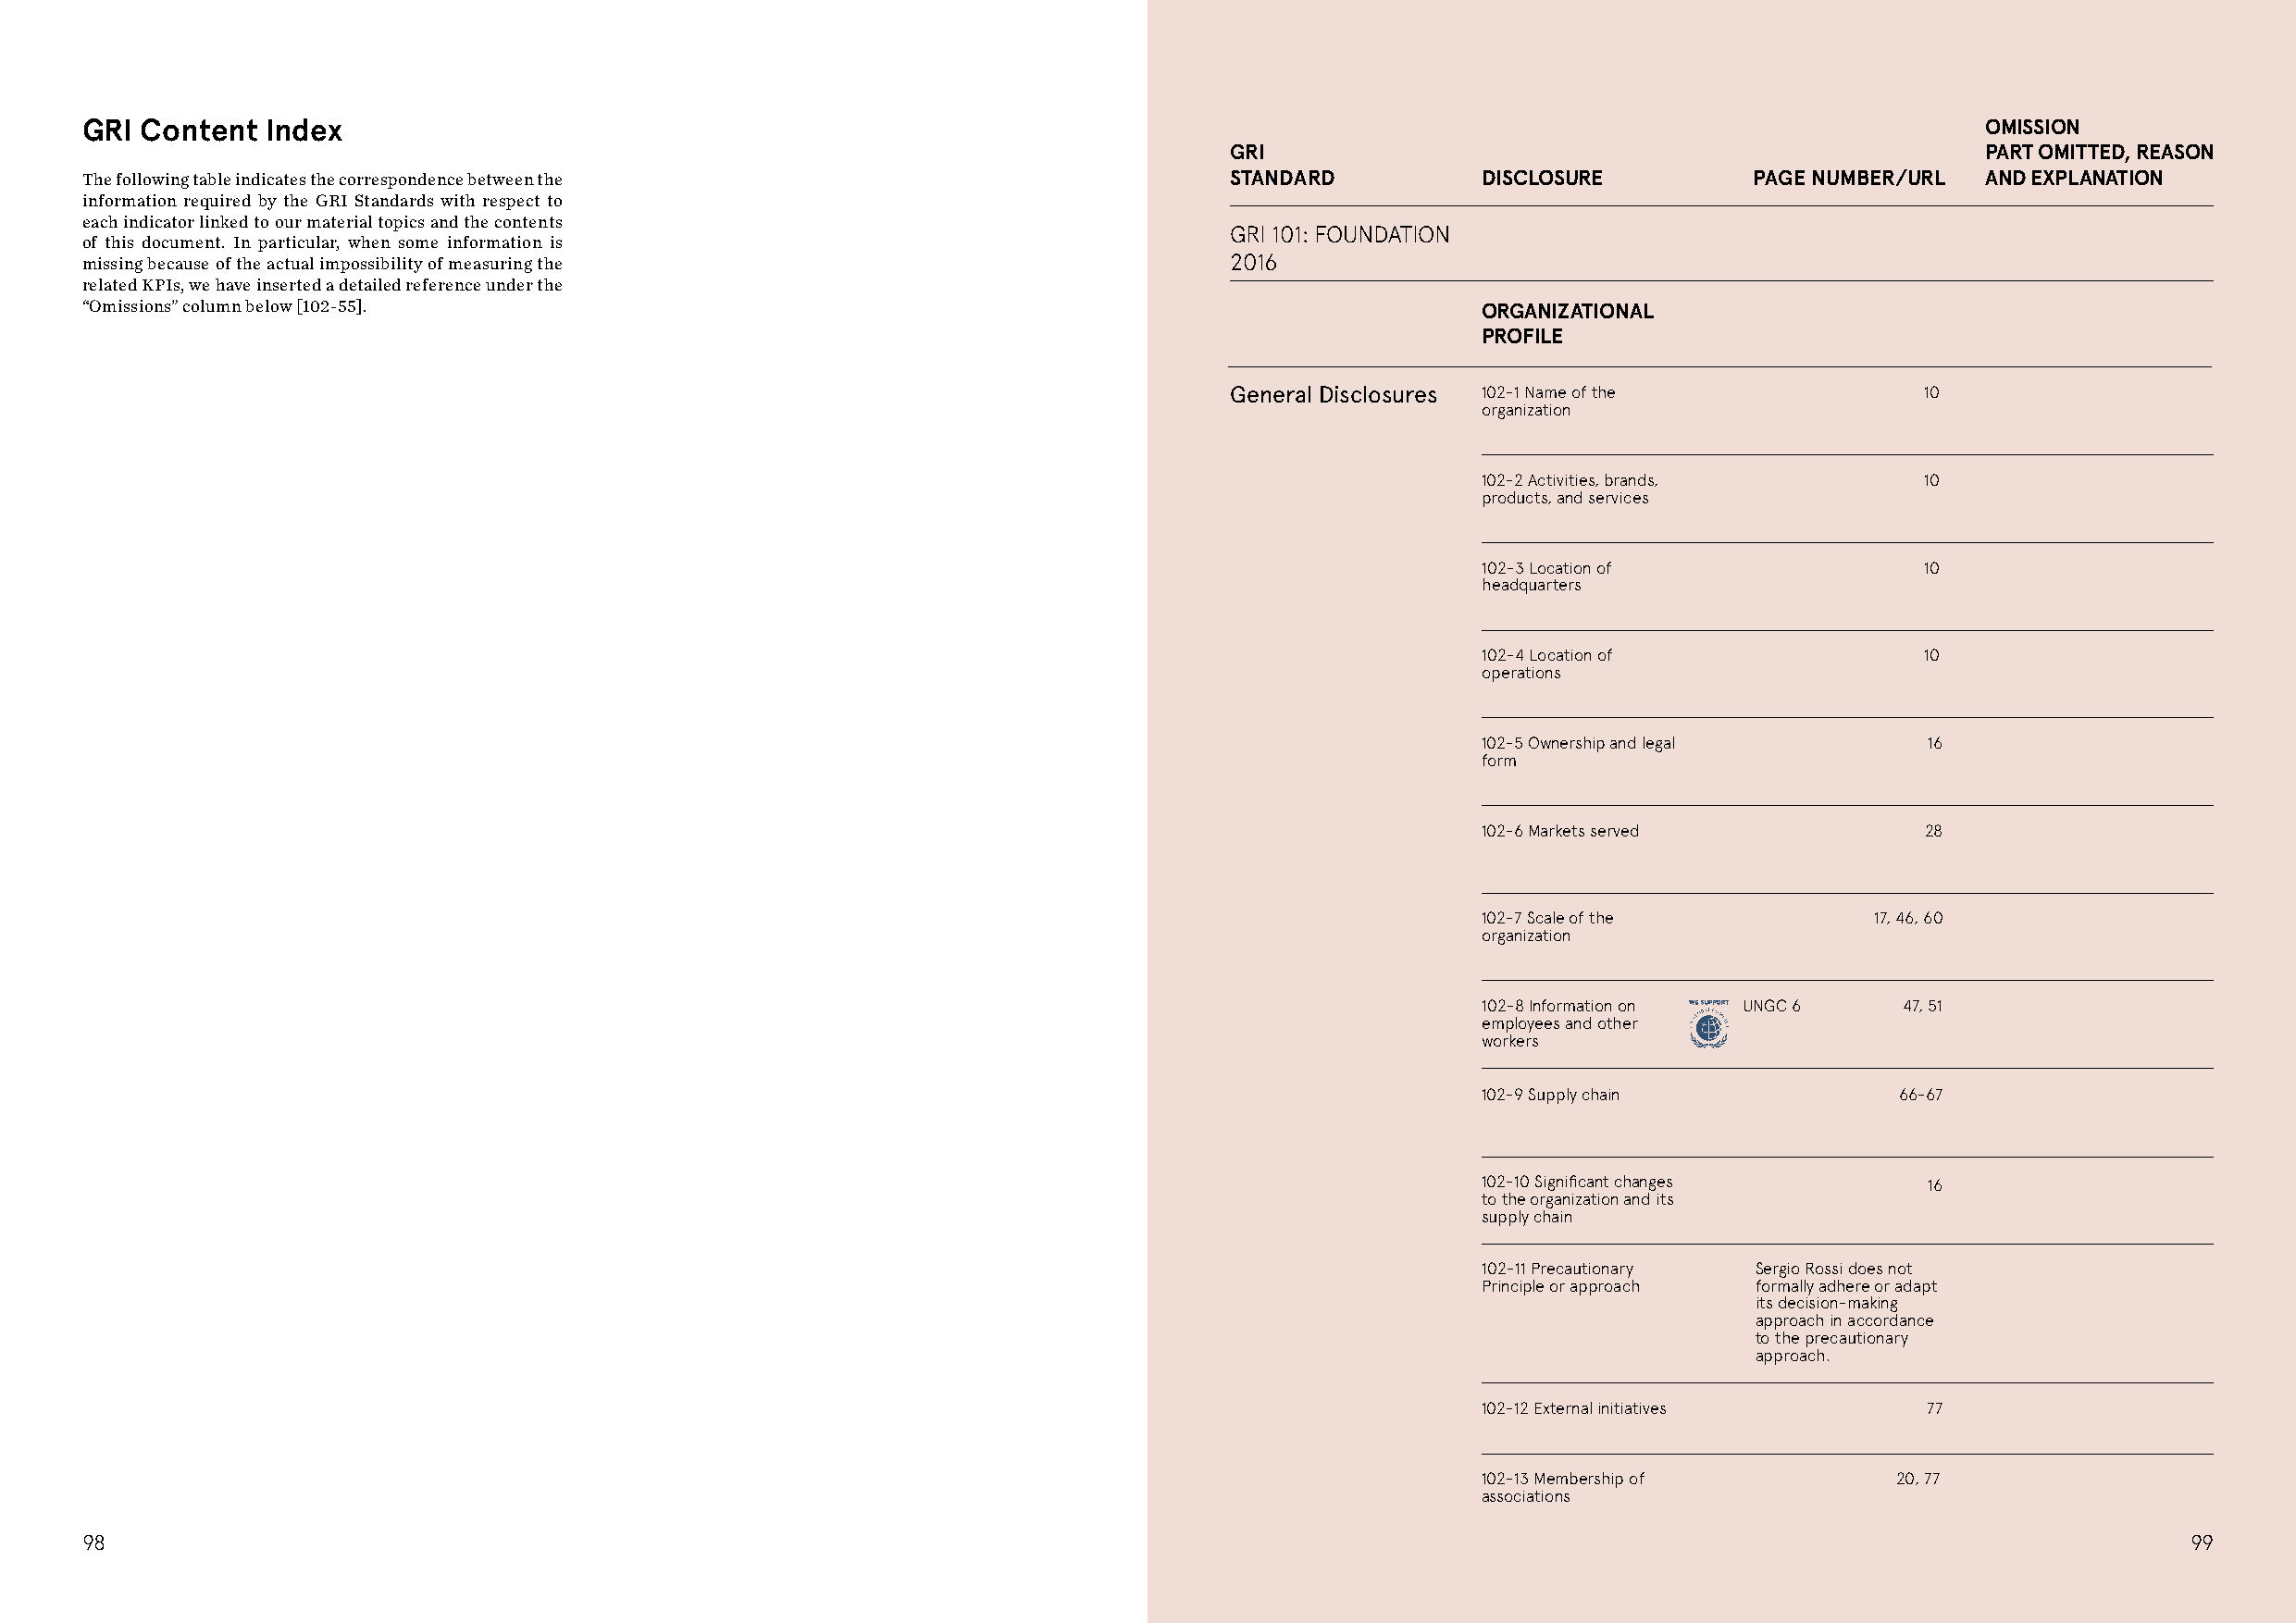
GRI Content  Index                                                                                                                      OMISSION
 GRI                                                   PART OMITTED, REASON
 The following table indicates the correspondence between the                      STANDARD          DISCLOSURE         PAGE NUMBER/URL  AND EXPLANATION
 information required by the GRI Standards with respect to
 each indicator linked to our material topics and the contents
 GRI 101: FOUNDATION
 of this document. In particular, when some information is
 missing because of the actual impossibility of measuring the                      2016
 related KPIs, we have inserted a detailed reference under the
 “Omissions” column below [102-55].                                                                  ORGANIZATIONAL
 PROFILE
 General Disclosures 102-1 Name of the             10
 organization
 102-2 Activities, brands,       10
 products, and services
 102-3 Location of               10
 headquarters
 102-4 Location of               10
 operations
 102-5 Ownership and legal       16
 form
 102-6 Markets served            28
 102-7 Scale of the          17, 46, 60
 organization
 102-8 Information on UNGC 6   47, 51
 employees and other
 workers
 102-9 Supply chain            66-67
 102-10 Significant changes      16
 to the organization and its
 supply chain
 102-11 Precautionary Sergio Rossi does not
 Principle or approach formally adhere or adapt
 its decision-making
 approach in accordance
 to the precautionary
 approach.
 102-12 External initiatives     77
 102-13 Membership of          20, 77
 associations
 98                                                                                                                                                     99